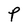
Character: P